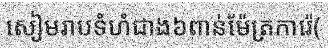
សៀមរាបទំហំជាង៦ពាន់ម៉ែត្រការ៉េ(